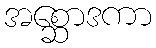
အစ္ဆောဒကာ